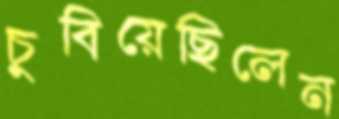
চুবিয়েছিলেন